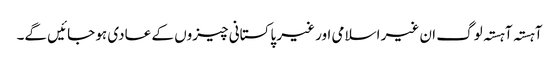
آہستہ آہستہ لوگ ان غیر اسلامی اور غیر پاکستانی چیزوں کے عادی ہو جائیں گے۔